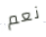
نعم